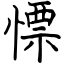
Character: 慓